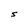
Character: S